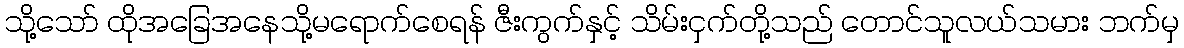
သို့သော် ထိုအခြေအနေသို့မရောက်စေရန် ဇီးကွက်နှင့် သိမ်းငှက်တို့သည် တောင်သူလယ်သမား ဘက်မှ